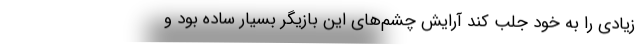
زیادی را به خود جلب کند آرایش چشم‌های این بازیگر بسیار ساده بود و